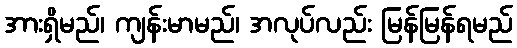
အားရှိမည်၊ ကျန်းမာမည်၊ အလုပ်လည်း မြန်မြန်ရမည်